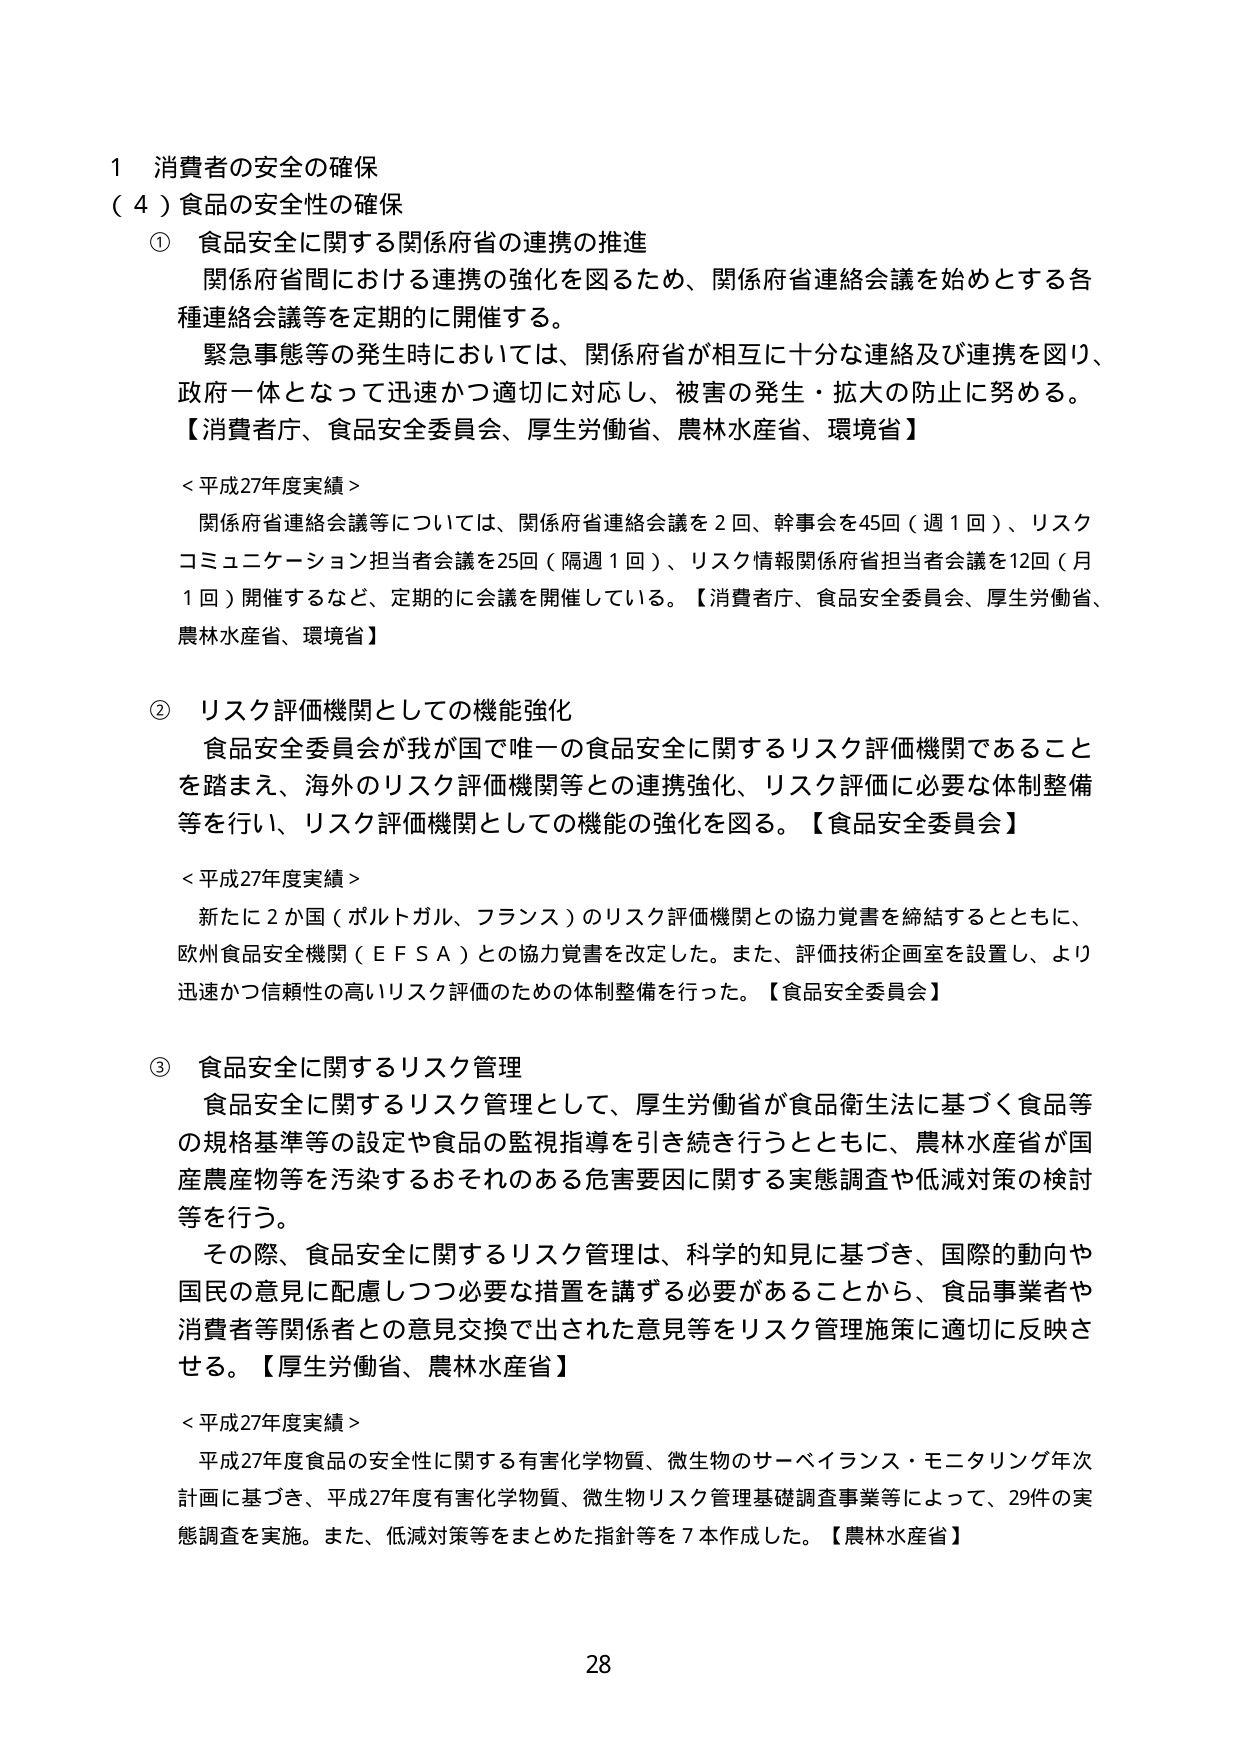
1 消費者の安全の確保
（4）食品の安全性の確保

① 食品安全に関する関係府省の連携の推進
　関係府省間における連携の強化を図るため、関係府省連絡会議を始めとする各種連絡会議等を定期的に開催する。
　緊急事態等の発生時においては、関係府省が相互に十分な連絡及び連携を図り、政府一体となって迅速かつ適切に対応し、被害の発生・拡大の防止に努める。
【消費者庁、食品安全委員会、厚生労働省、農林水産省、環境省】

＜平成27年度実績＞
　関係府省連絡会議等については、関係府省連絡会議を2回、幹事会を45回（週1回）、リスクコミュニケーション担当者会議を25回（隔週1回）、リスク情報関係府省担当者会議を12回（月1回）開催するなど、定期的に会議を開催している。【消費者庁、食品安全委員会、厚生労働省、農林水産省、環境省】

② リスク評価機関としての機能強化
　食品安全委員会が我が国で唯一の食品安全に関するリスク評価機関であることを踏まえ、海外のリスク評価機関等との連携強化、リスク評価に必要な体制整備等を行い、リスク評価機関としての機能の強化を図る。【食品安全委員会】

＜平成27年度実績＞
　新たに2か国（ポルトガル、フランス）のリスク評価機関との協力覚書を締結するとともに、欧州食品安全機関（EFSA）との協力覚書を改定した。また、評価技術企画室を設置し、より迅速かつ信頼性の高いリスク評価のための体制整備を行った。【食品安全委員会】

③ 食品安全に関するリスク管理
　食品安全に関するリスク管理として、厚生労働省が食品衛生法に基づく食品等の規格基準等の設定や食品の監視指導を引き続き行うとともに、農林水産省が国産農産物等を汚染するおそれのある危害要因に関する実態調査や低減対策の検討等を行う。
　その際、食品安全に関するリスク管理は、科学的知見に基づき、国際的動向や国民の意見に配慮しつつ必要な措置を講ずる必要があることから、食品事業者や消費者等関係者との意見交換で出された意見等をリスク管理施策に適切に反映させる。【厚生労働省、農林水産省】

＜平成27年度実績＞
　平成27年度食品の安全性に関する有害化学物質、微生物のサーベイランス・モニタリング年次計画に基づき、平成27年度有害化学物質、微生物リスク管理基礎調査事業等によって、29件の実態調査を実施。また、低減対策等をまとめた指針等を7本作成した。【農林水産省】

28